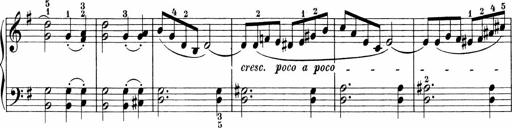
Title: 3 Sonatinas
Composer: Carl Reinecke